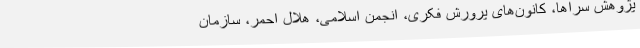
پژوهش سراها، کانون‌های پرورش فکری، انجمن اسلامی، هلال احمر، سازمان